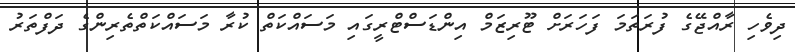
ދިވެހި ރާއްޖޭގެ ފުރަތަމަ ފަހަރަށް ޓޫރިޒަމް އިންޑަސްޓްރީގައި މަސައްކަތް ކުރާ މަަސައްކަތްތެރިންގެ ދަފްތަރު